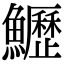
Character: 𩽏